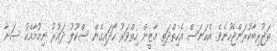
ތަޖުރިބާކުރަންޖެހުނެވެ. އެހަނަސް އެހިތްދަތި މާޒީން ހިތްވަރު ހޯދައިގެން ސްކޫލު ދައުރު ނިމުމާއެކު ސަނާ